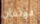
دونفان